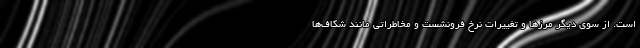
است. از سوی دیگر مرزها و تغییرات نرخ فرونشست و مخاطراتی مانند شکاف‌ها